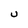
Character: U